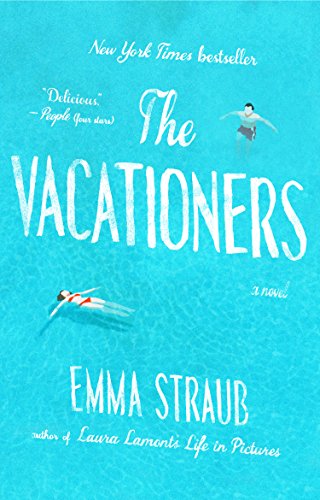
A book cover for The Vacationers: A Novel; Emma Straub; Mystery, Thriller & Suspense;